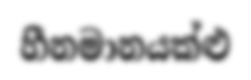
හීනමානයක්ළු